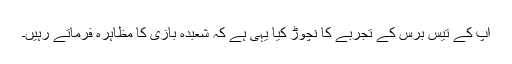
آپ کے تیس برس کے تجربے کا نچوڑ کیا یہی ہے کہ شعبدہ بازی کا مظاہرہ فرماتے رہیں۔